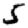
Digit: 5